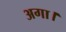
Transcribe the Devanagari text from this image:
अगा।